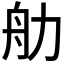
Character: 𬜑